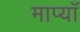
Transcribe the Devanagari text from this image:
माप्याँ